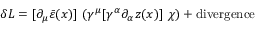
\delta { \cal L } = [ \partial _ { \mu } \bar { \varepsilon } ( x ) ] ~ ( \gamma ^ { \mu } [ \gamma ^ { \alpha } \partial _ { \alpha } z ( x ) ] ~ \chi ) + \mathrm { d i v e r g e n c e }